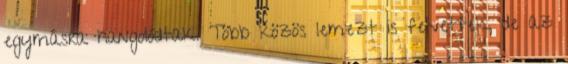
egymásra hangolódtak. Több közös lemezt is felvettek, de az